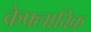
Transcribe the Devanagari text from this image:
केफ्लाविक